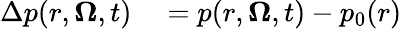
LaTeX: \begin{array}{rl}{\Delta p(r,\boldsymbol{\Omega},t)}&{{}=p(r,\boldsymbol{\Omega},t)-p_{0}(r)}\end{array}